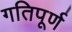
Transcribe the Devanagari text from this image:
गतिपूर्ण